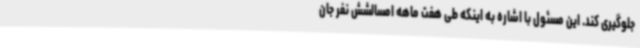
جلوگیری کند. این مسئول با اشاره به اینکه طی هفت ماهه امسالشش نفر جان